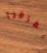
يفرقنا